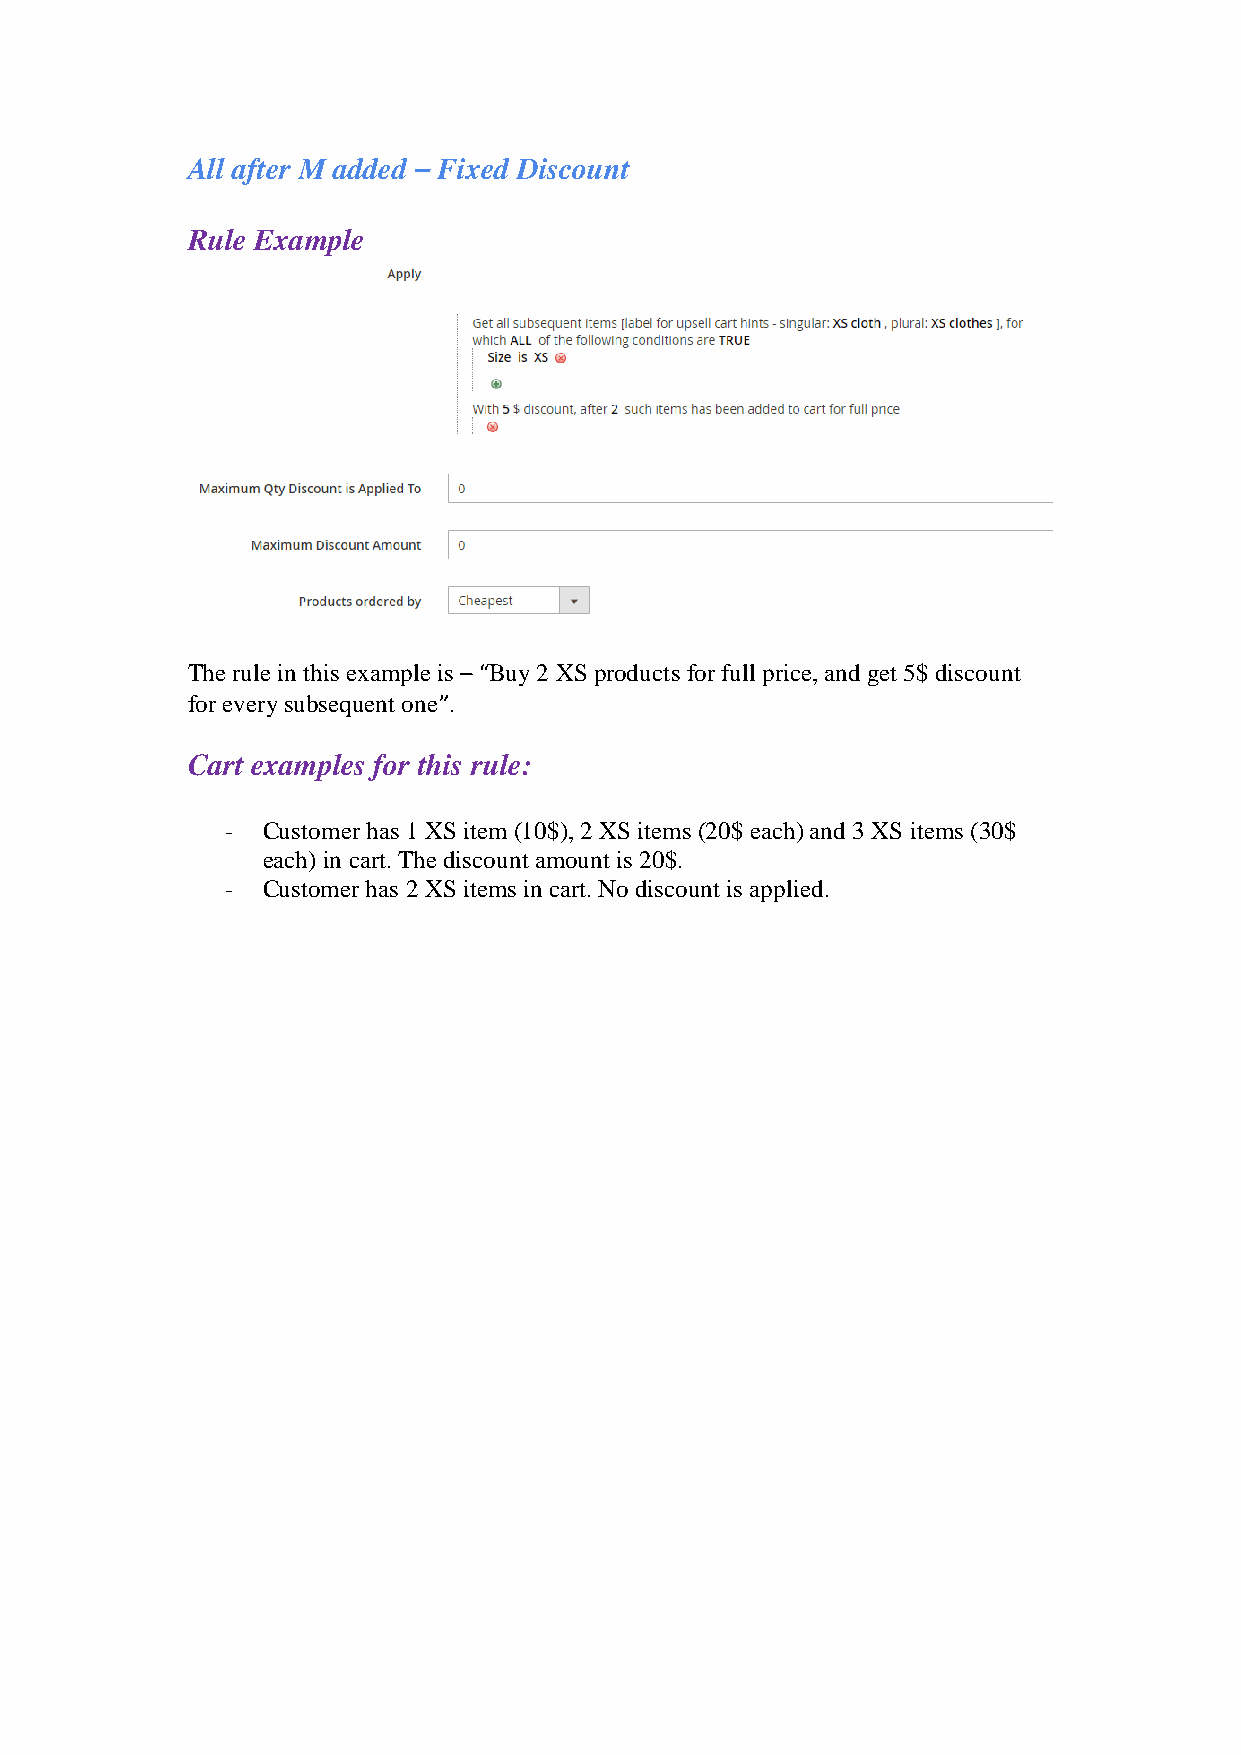
All after M added – Fixed Discount
 Rule Example
 The rule in this example is – “Buy 2 XS products for full price, and get 5$ discount
 for every subsequent one”.
 Cart examples for this rule:
 - Customer has 1 XS item (10$), 2 XS items (20$ each) and 3 XS items (30$
 each) in cart. The discount amount is 20$.
 - Customer has 2 XS items in cart. No discount is applied.